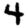
Digit: 4